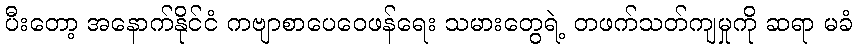
ပီးတော့ အနောက်နိုင်ငံ ကဗျာစာပေဝေဖန်ရေး သမားတွေရဲ့ တဖက်သတ်ကျမှုကို ဆရာ မခံ